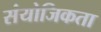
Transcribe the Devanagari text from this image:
संयोजिकता